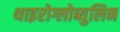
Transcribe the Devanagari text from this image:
थाइरोग्लोब्युलिन